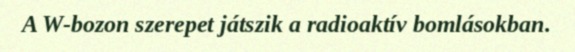
A W-bozon szerepet játszik a radioaktív bomlásokban.